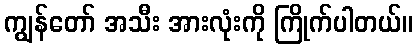
ကျွန်တော် အသီး အားလုံးကို ကြိုက်ပါတယ်။